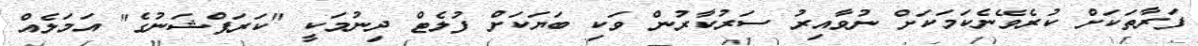
ފަރާތަކަށް ކުރެވޭނެކަމަކަށް ނުވާއިރު ސަރުކާރުން ވަކި ބަޔަކަށް ފުލެޓް ދިނުމަކީ "ކަރަޕްޝަނުގެ" އަމަލެއް